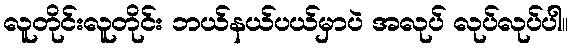
လူတိုင်းလူတိုင်း ဘယ်နယ်ပယ်မှာပဲ အလုပ် လုပ်လုပ်ပါ။